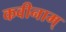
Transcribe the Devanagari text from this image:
कवीनाम्